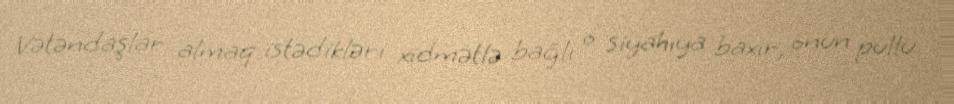
Vətəndaşlar almaq istədikləri xidmətlə bağlı o siyahıya baxır, onun pullu